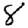
Digit: 8